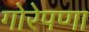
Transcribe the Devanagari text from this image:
गोरेपणा